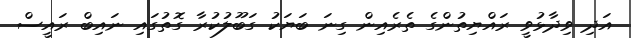
އަދި ވިދާޅުވީ ރައްޔިތުންގެ ތެރެއިން ގިނަ ބަޔަކު ގަބޫލުކުރާ ގޮތުގައި ނައިބް ރައީސް